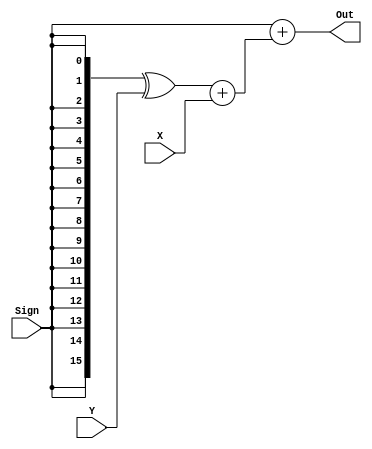
module ALU(
    input [15:0] X,
    input [15:0] Y,
    input Sign,
    output [15:0] Out
    );
	 
wire [15:0] a;
wire [15:0] s;
wire [15:0] b;
wire [15:0] c;

assign s[0]=Sign;
assign s[1]=Sign;
assign s[2]=Sign;
assign s[3]=Sign;
assign s[4]=Sign;
assign s[5]=Sign;
assign s[6]=Sign;
assign s[7]=Sign;
assign s[8]=Sign;
assign s[9]=Sign;
assign s[10]=Sign;
assign s[11]=Sign;
assign s[12]=Sign;
assign s[13]=Sign;
assign s[14]=Sign;
assign s[15]=Sign;

assign a = s^Y;
assign b = a+X;

assign c[0] = Sign;
assign c[15:1] = 7'b000000000000000;

assign Out = c+b;

endmodule